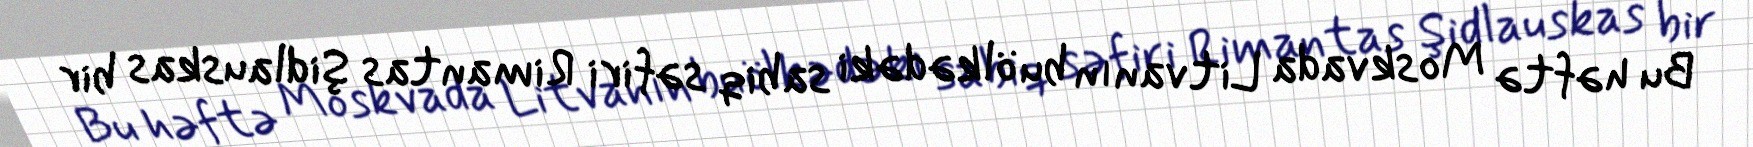
Bu həftə Moskvada Litvanın bu ölkədəki sabiq səfiri Rimantas Şidlauskas bir